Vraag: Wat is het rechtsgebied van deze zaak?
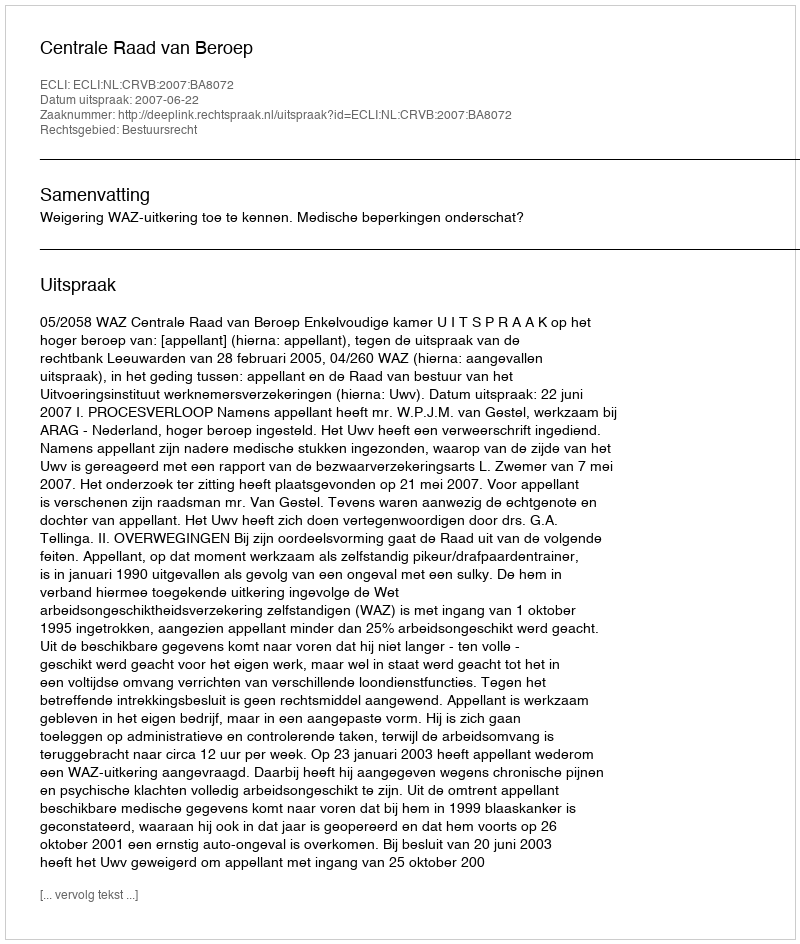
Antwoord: Bestuursrecht